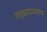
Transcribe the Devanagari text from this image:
लघुग्रहांप्रमाणेच